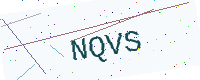
Text: NQVS